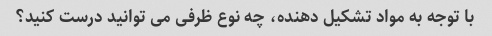
با توجه به مواد تشکیل دهنده، چه نوع ظرفی می توانید درست کنید؟